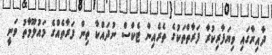
ދާއިރާގައި ވިޔަފާރިކުރާ ފަރާތްތަކުގެ ތެރެއިން ޓެކްސް ނުދައްކާ ތިން ފަރާތެއްގެ މައުލޫމާތު ވަނީ